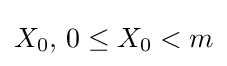
X_{0},\,0\leq X_{0}<m